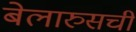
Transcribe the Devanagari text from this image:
बेलारुसची